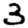
Digit: 3